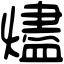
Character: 燼